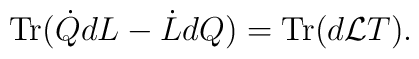
{\rm Tr}(\dot{Q}dL-\dot{L}dQ)= {\rm Tr}(d{\cal L}T).